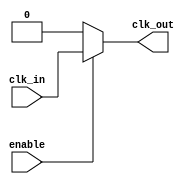
module ClockTreeBuffer (
    input wire clk_in,         // Input clock signal
    input wire enable,         // Enable signal for the buffer
    output wire clk_out        // Output buffered clock signal
);

    // Parameters
    parameter NUM_BRANCHES = 4; // Number of branches in the clock tree
    parameter BUFFER_STRENGTH = 2; // Strength of each buffer stage

    // Internal signals
    wire [NUM_BRANCHES-1:0] clk_branches; // Clock branches
    wire clk_buf_in;  // Buffered input clock
    wire clk_buf_out; // Final output clock after buffering

    // Input Buffering Stage
    // A simple buffer. In practice, this would be a more complex design.
    assign clk_buf_in = enable ? clk_in : 1'b0;

    // Buffering and Tree Structure
    genvar i;
    generate
        for (i = 0; i < NUM_BRANCHES; i = i + 1) begin: buffer_stages
            if (i == 0) begin
                // First branch directly connected to buffered input
                assign clk_branches[i] = clk_buf_in;
            end else begin
                // Subsequent branches receive from the previous one
                assign clk_branches[i] = (enable) ? clk_branches[i-1] : 1'b0;
            end
        end
    endgenerate

    // Final Output buffering to ensure signal strength and drive capability
    assign clk_buf_out = (enable) ? clk_branches[NUM_BRANCHES-1] : 1'b0;

    // Output the final buffered clock
    assign clk_out = clk_buf_out;

endmodule